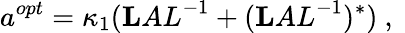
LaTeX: a^{opt}=\kappa_{1}({\mathbf LAL}^{-1}+({\mathbf LAL}^{-1})^{*})\mathrm{~,~}